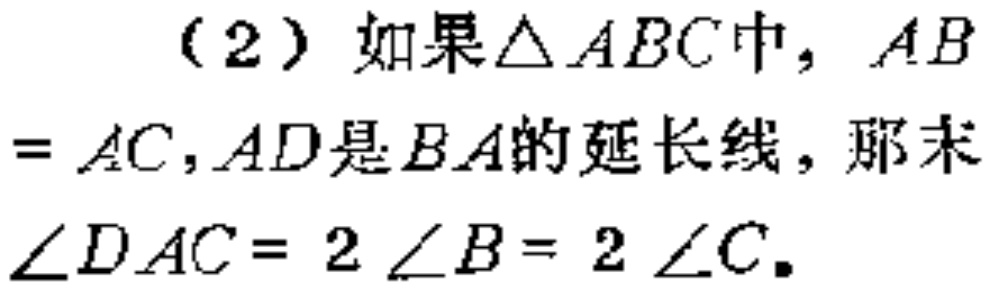
（2）如果\(\triangle ABC\)中，\(AB = AC\)，\(AD\)是\(BA\)的延长线，那末\(\angle DAC = 2\angle B = 2\angle C\)。